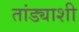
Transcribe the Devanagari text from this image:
तांड्याशी